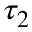
\tau _ { 2 }